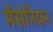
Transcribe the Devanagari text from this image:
मेंसेनियन